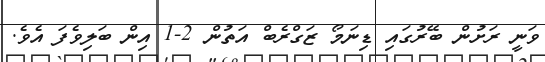
ވަނީ ރަށުން ބޭރުގައި ޑިނަމޯ ޒަގްރެބް އަތުން 2-1 އިން ބަލިވެފަ އެވެ.